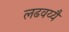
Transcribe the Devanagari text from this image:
लढवय्यै